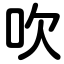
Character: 吹